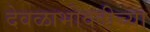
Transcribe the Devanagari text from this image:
देवळाभोवतीच्या